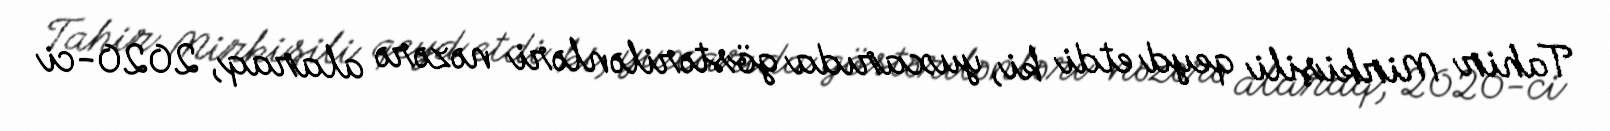
Tahir Mirkişili qeyd etdi ki, yuxarıda göstərilənləri nəzərə alaraq, 2020-ci